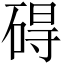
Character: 碍